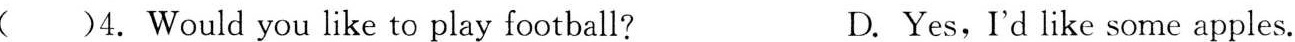
( )4. Would you like to play football? D. Yes,I'd like some apples.